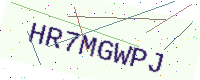
Text: HR7MGWPJ